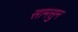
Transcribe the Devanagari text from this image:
सामसुन